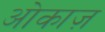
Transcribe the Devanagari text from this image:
ओकाज़